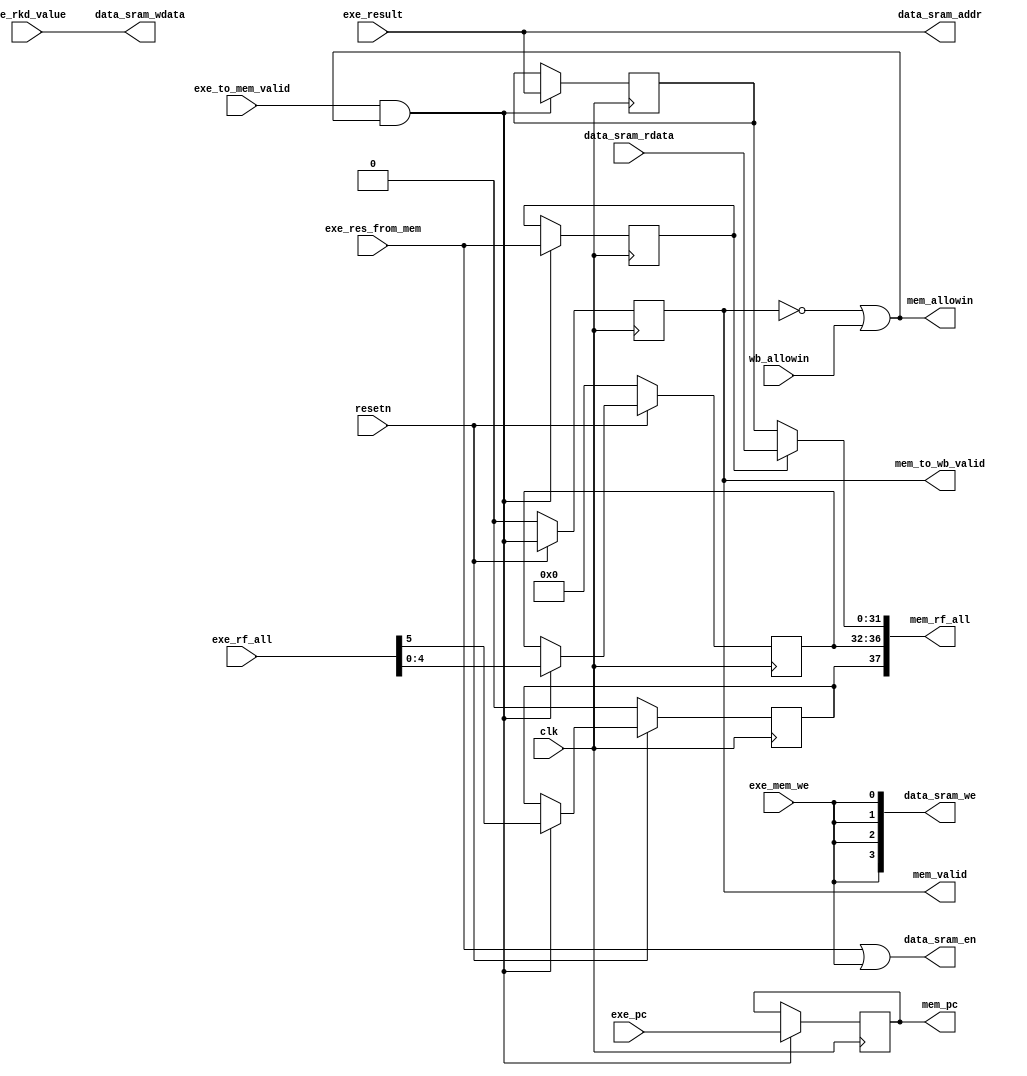
module MEMstate(
    input              clk,
    input              resetn,
    output reg         mem_valid,
    // exestate -> memstate
    output             mem_allowin,
    input       [5 :0] exe_rf_all, // {exe_rf_we, exe_rf_waddr}
    input              exe_to_mem_valid,
    input       [31:0] exe_pc,    
    input       [31:0] exe_result, 
    input              exe_res_from_mem, 
    input              exe_mem_we,
    input       [31:0] exe_rkd_value,
    // memstate -> wbstate
    input              wb_allowin,
    output      [37:0] mem_rf_all, // {mem_rf_we, mem_rf_waddr, mem_rf_wdata}
    output             mem_to_wb_valid,
    output reg  [31:0] mem_pc,
    // data sram
    output             data_sram_en,
    output      [ 3:0] data_sram_we,
    output      [31:0] data_sram_addr,
    output      [31:0] data_sram_wdata,
    input       [31:0] data_sram_rdata
);
    wire        mem_ready_go;
    wire [31:0] mem_result;
    // reg         mem_valid;
    reg         mem_we;
    reg  [31:0] rkd_value;
    wire [31:0] mem_rf_wdata;
    reg         mem_rf_we;
    reg  [4 :0] mem_rf_waddr;
    reg  [31:0] alu_result;
    reg         mem_res_from_mem;

    // valid signals
    assign mem_ready_go     = 1'b1;
    assign mem_allowin      = ~mem_valid | mem_ready_go & wb_allowin;     
    assign mem_to_wb_valid  = mem_valid & mem_ready_go;
    assign mem_rf_wdata     = mem_res_from_mem ? mem_result : alu_result;
    assign mem_rf_all       = {mem_rf_we, mem_rf_waddr, mem_rf_wdata};
    always @(posedge clk) begin
        if(~resetn)
            mem_valid <= 1'b0;
        else
            mem_valid <= exe_to_mem_valid & mem_allowin; 
    end

    // exestate <-> memstate
    always @(posedge clk) begin
        if(exe_to_mem_valid & mem_allowin)
            mem_pc <= exe_pc;
    end
    always @(posedge clk) begin
        if(exe_to_mem_valid & mem_allowin)
            alu_result <= exe_result;
    end
    always @(posedge clk) begin
        if(~resetn)
            {mem_rf_we, mem_rf_waddr} <= 6'd0;
        else if(exe_to_mem_valid & mem_allowin)
            {mem_rf_we, mem_rf_waddr} <= exe_rf_all;
    end
    always @(posedge clk) begin
        if(exe_to_mem_valid & mem_allowin)
            {mem_res_from_mem, mem_we, rkd_value} <= {exe_res_from_mem, exe_mem_we, exe_rkd_value};
    end

    /* sram instantiation */
    assign data_sram_en    = exe_res_from_mem || exe_mem_we;
    assign data_sram_we    = {4{exe_mem_we}};
    assign data_sram_addr  = exe_result;
    assign data_sram_wdata = exe_rkd_value;

    assign mem_result      = data_sram_rdata;

endmodule